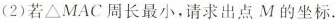
(2)若Δ\triangleMAC周长最小，请求出点M的坐标。